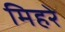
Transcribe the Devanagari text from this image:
मिहरे